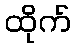
ထိုက်